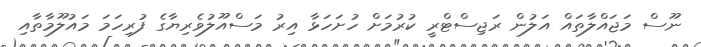
ނޫސް މަޖައްލާތައް އަލުން ރަޖިސްޓްރީ ކުރުމަށް ހުށަހަޅާ އިރު މަސްއޫލުވެރިޔާގެ ފުރިހަމަ މައުލޫމާތާއި